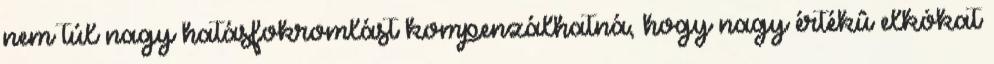
nem túl nagy hatásfokromlást kompenzálhatná, hogy nagy értékû elkókat